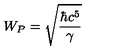
W _ { P } = \sqrt { \frac { \hbar c ^ { 5 } } { \gamma } }